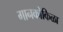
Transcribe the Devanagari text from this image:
गानकोकिळा